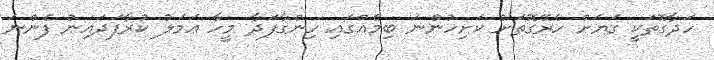
ހަދާގޮތަކީ ގަޔަށް ހެރޭގޮތަށް ކަށިހުންނަ ބިމެއްގައި ހިންގާފަދާ މީހާ ޢަމަލު ކުރާފަދައިން ފެންނަ